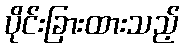
ပိုင်းခြားထားသည့်